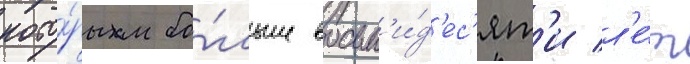
кото́рым бо́льше восьм'и́д'ес'ят'и л'е́т